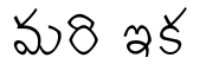
మరి ఇక